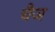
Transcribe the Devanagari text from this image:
चैञ